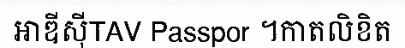
អាឌីស៊ីTAV Passpor ។កាតលិខិត